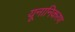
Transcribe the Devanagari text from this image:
यूनानिकरण